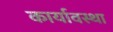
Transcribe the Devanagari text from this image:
कार्यावस्था